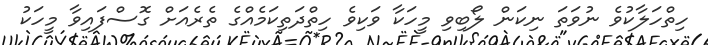
ހިތްހަލާކުވެ ނުވަތަ ނިކަން ލޯބިވި މީހަކާ ވަކިވެ ހިތްދަތިކަމެއްގެ ތެރެއަށް ގޮސްފައިވާ މީހަކު